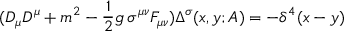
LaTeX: ( D _ { \mu } D ^ { \mu } + m ^ { 2 } - { \frac { 1 } { 2 } } g \, \sigma ^ { \mu \nu } F _ { \mu \nu } ) \Delta ^ { \sigma } ( x , y ; A ) = - \delta ^ { 4 } ( x - y )